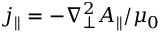
j _ { \parallel } = - \nabla _ { \perp } ^ { 2 } A _ { \parallel } / \mu _ { 0 }